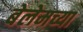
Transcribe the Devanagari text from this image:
बेलेमच्या